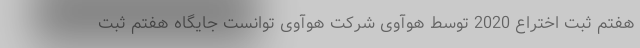
هفتم ثبت اختراع 2020 توسط هوآوی شرکت هوآوی توانست جایگاه هفتم ثبت